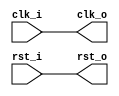
module clock_10 #(
    parameter                              SCALE            = 2    
) (
    output                              clk_o,    
    output                              rst_o,    
    input                               clk_i,    
    input                               rst_i    
);
assign clk_o = clk_i;
assign rst_o = rst_i;
endmodule